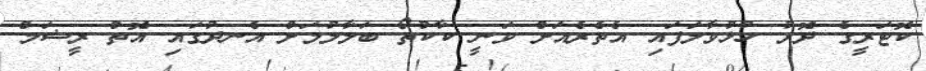
ކޮޓަރީގެ ދޮރު ހުޅުވާލަފައި އެތެރެއަށް ވަނީ ކާކުތޯ ބަލާލުމަށް އެނދުގައި އޮތް ރީޝަމް